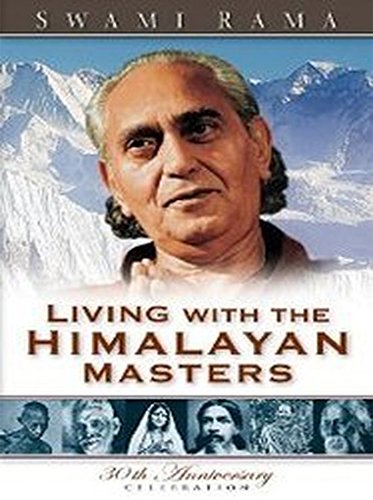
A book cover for Living with the Himalayan Masters; Swami Rama; Biographies & Memoirs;